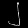
Digit: ၂